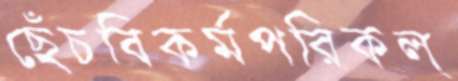
ছেঁচবিকর্মপরিকল্